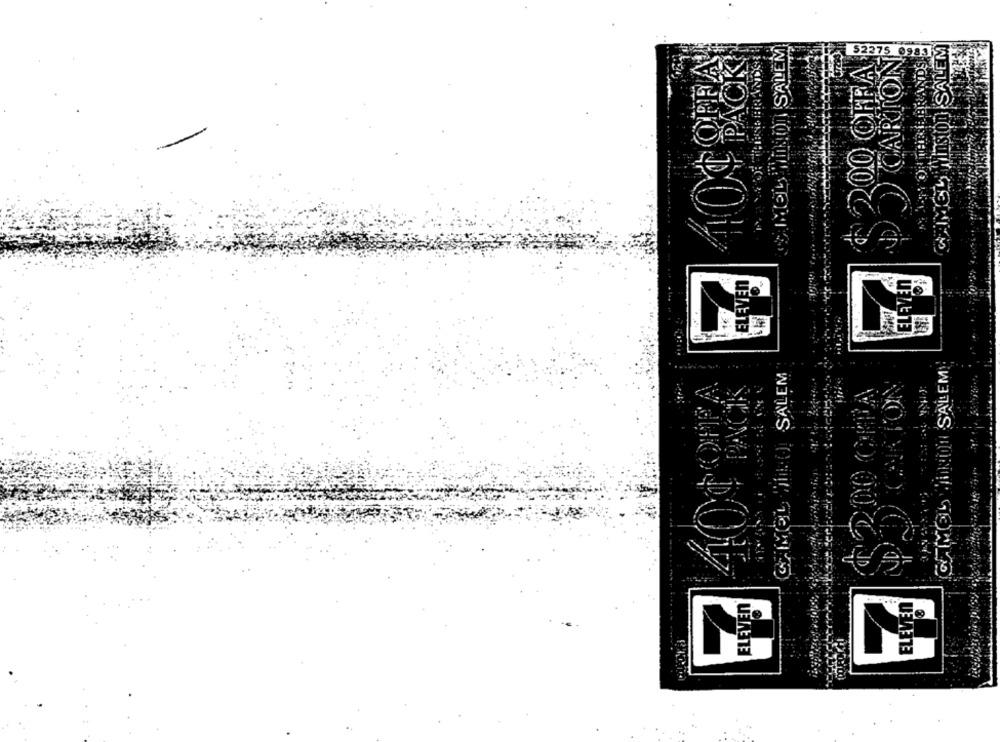
OLI SALEM
GIMEL WINSTON SALEM
200 OFFA
CARTON
52275 0985
LATORTHEBRANDS.
ELEVEN
ELEVEN®
COMOS WINON SALEM
CAMEL WILL(. SALEM
ELEVEN
ELEVEN